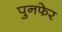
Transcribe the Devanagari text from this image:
पुनफेर